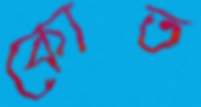
কোত